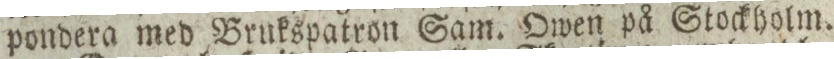
pondera med Brukspatron Sam. Owen på Stockholm.